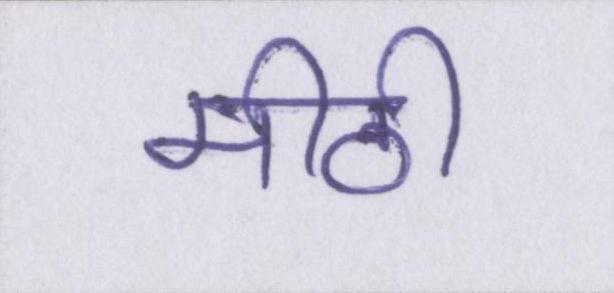
मीठी